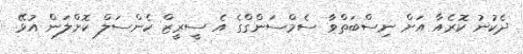
ދެކުނު ކޮރެއާ އަށް ނިސްބަތްވާ ސެމްސަންގްގެ އެ ސީރީޒް ކެންސަލް ކޮށްލަން އުޅޭ